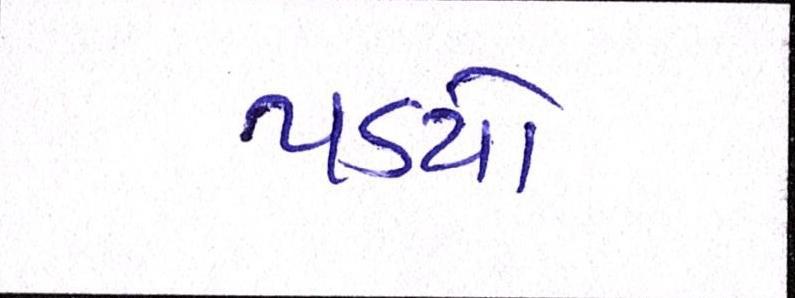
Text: પડયો